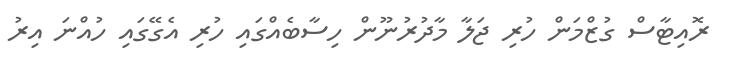
ރޮއިޓާސް ގުޒްމަން ހުރި ޖަލާ މާދުރުނޫން ހިސާބެއްގައި ހުރި އެގޭގައި ހުއްނަ އިރު